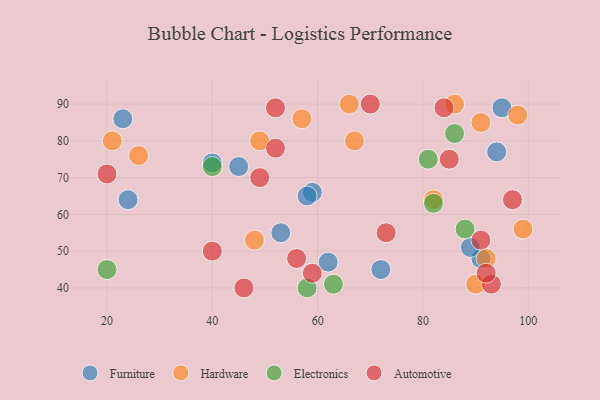
{"axis": {"x": "GDP", "y": "Life Expectancy"}, "legend": ["Automotive", "Electronics", "Furniture", "Hardware"], "data": [{"x": "59", "y": 66, "type": "Furniture"}, {"x": "58", "y": 65, "type": "Furniture"}, {"x": "45", "y": 73, "type": "Furniture"}, {"x": "23", "y": 86, "type": "Furniture"}, {"x": "53", "y": 55, "type": "Furniture"}, {"x": "91", "y": 48, "type": "Furniture"}, {"x": "89", "y": 51, "type": "Furniture"}, {"x": "24", "y": 64, "type": "Furniture"}, {"x": "62", "y": 47, "type": "Furniture"}, {"x": "94", "y": 77, "type": "Furniture"}, {"x": "95", "y": 89, "type": "Furniture"}, {"x": "40", "y": 74, "type": "Furniture"}, {"x": "72", "y": 45, "type": "Furniture"}, {"x": "86", "y": 90, "type": "Hardware"}, {"x": "98", "y": 87, "type": "Hardware"}, {"x": "92", "y": 48, "type": "Hardware"}, {"x": "48", "y": 53, "type": "Hardware"}, {"x": "49", "y": 80, "type": "Hardware"}, {"x": "91", "y": 85, "type": "Hardware"}, {"x": "66", "y": 90, "type": "Hardware"}, {"x": "99", "y": 56, "type": "Hardware"}, {"x": "57", "y": 86, "type": "Hardware"}, {"x": "82", "y": 64, "type": "Hardware"}, {"x": "21", "y": 80, "type": "Hardware"}, {"x": "26", "y": 76, "type": "Hardware"}, {"x": "67", "y": 80, "type": "Hardware"}, {"x": "90", "y": 41, "type": "Hardware"}, {"x": "82", "y": 63, "type": "Electronics"}, {"x": "40", "y": 73, "type": "Electronics"}, {"x": "88", "y": 56, "type": "Electronics"}, {"x": "20", "y": 45, "type": "Electronics"}, {"x": "58", "y": 40, "type": "Electronics"}, {"x": "81", "y": 75, "type": "Electronics"}, {"x": "63", "y": 41, "type": "Electronics"}, {"x": "86", "y": 82, "type": "Electronics"}, {"x": "40", "y": 50, "type": "Automotive"}, {"x": "91", "y": 53, "type": "Automotive"}, {"x": "70", "y": 90, "type": "Automotive"}, {"x": "46", "y": 40, "type": "Automotive"}, {"x": "49", "y": 70, "type": "Automotive"}, {"x": "59", "y": 44, "type": "Automotive"}, {"x": "85", "y": 75, "type": "Automotive"}, {"x": "93", "y": 41, "type": "Automotive"}, {"x": "20", "y": 71, "type": "Automotive"}, {"x": "56", "y": 48, "type": "Automotive"}, {"x": "84", "y": 89, "type": "Automotive"}, {"x": "92", "y": 44, "type": "Automotive"}, {"x": "73", "y": 55, "type": "Automotive"}, {"x": "52", "y": 78, "type": "Automotive"}, {"x": "97", "y": 64, "type": "Automotive"}, {"x": "52", "y": 89, "type": "Automotive"}]}